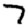
Digit: 7